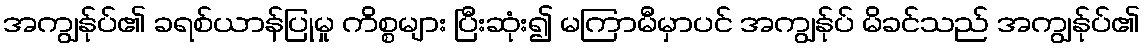
အကျွန်ုပ်၏ ခရစ်ယာန်ပြုမှု ကိစ္စများ ပြီးဆုံး၍ မကြာမီမှာပင် အကျွန်ုပ် မိခင်သည် အကျွန်ုပ်၏